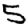
Digit: 5